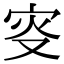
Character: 叜